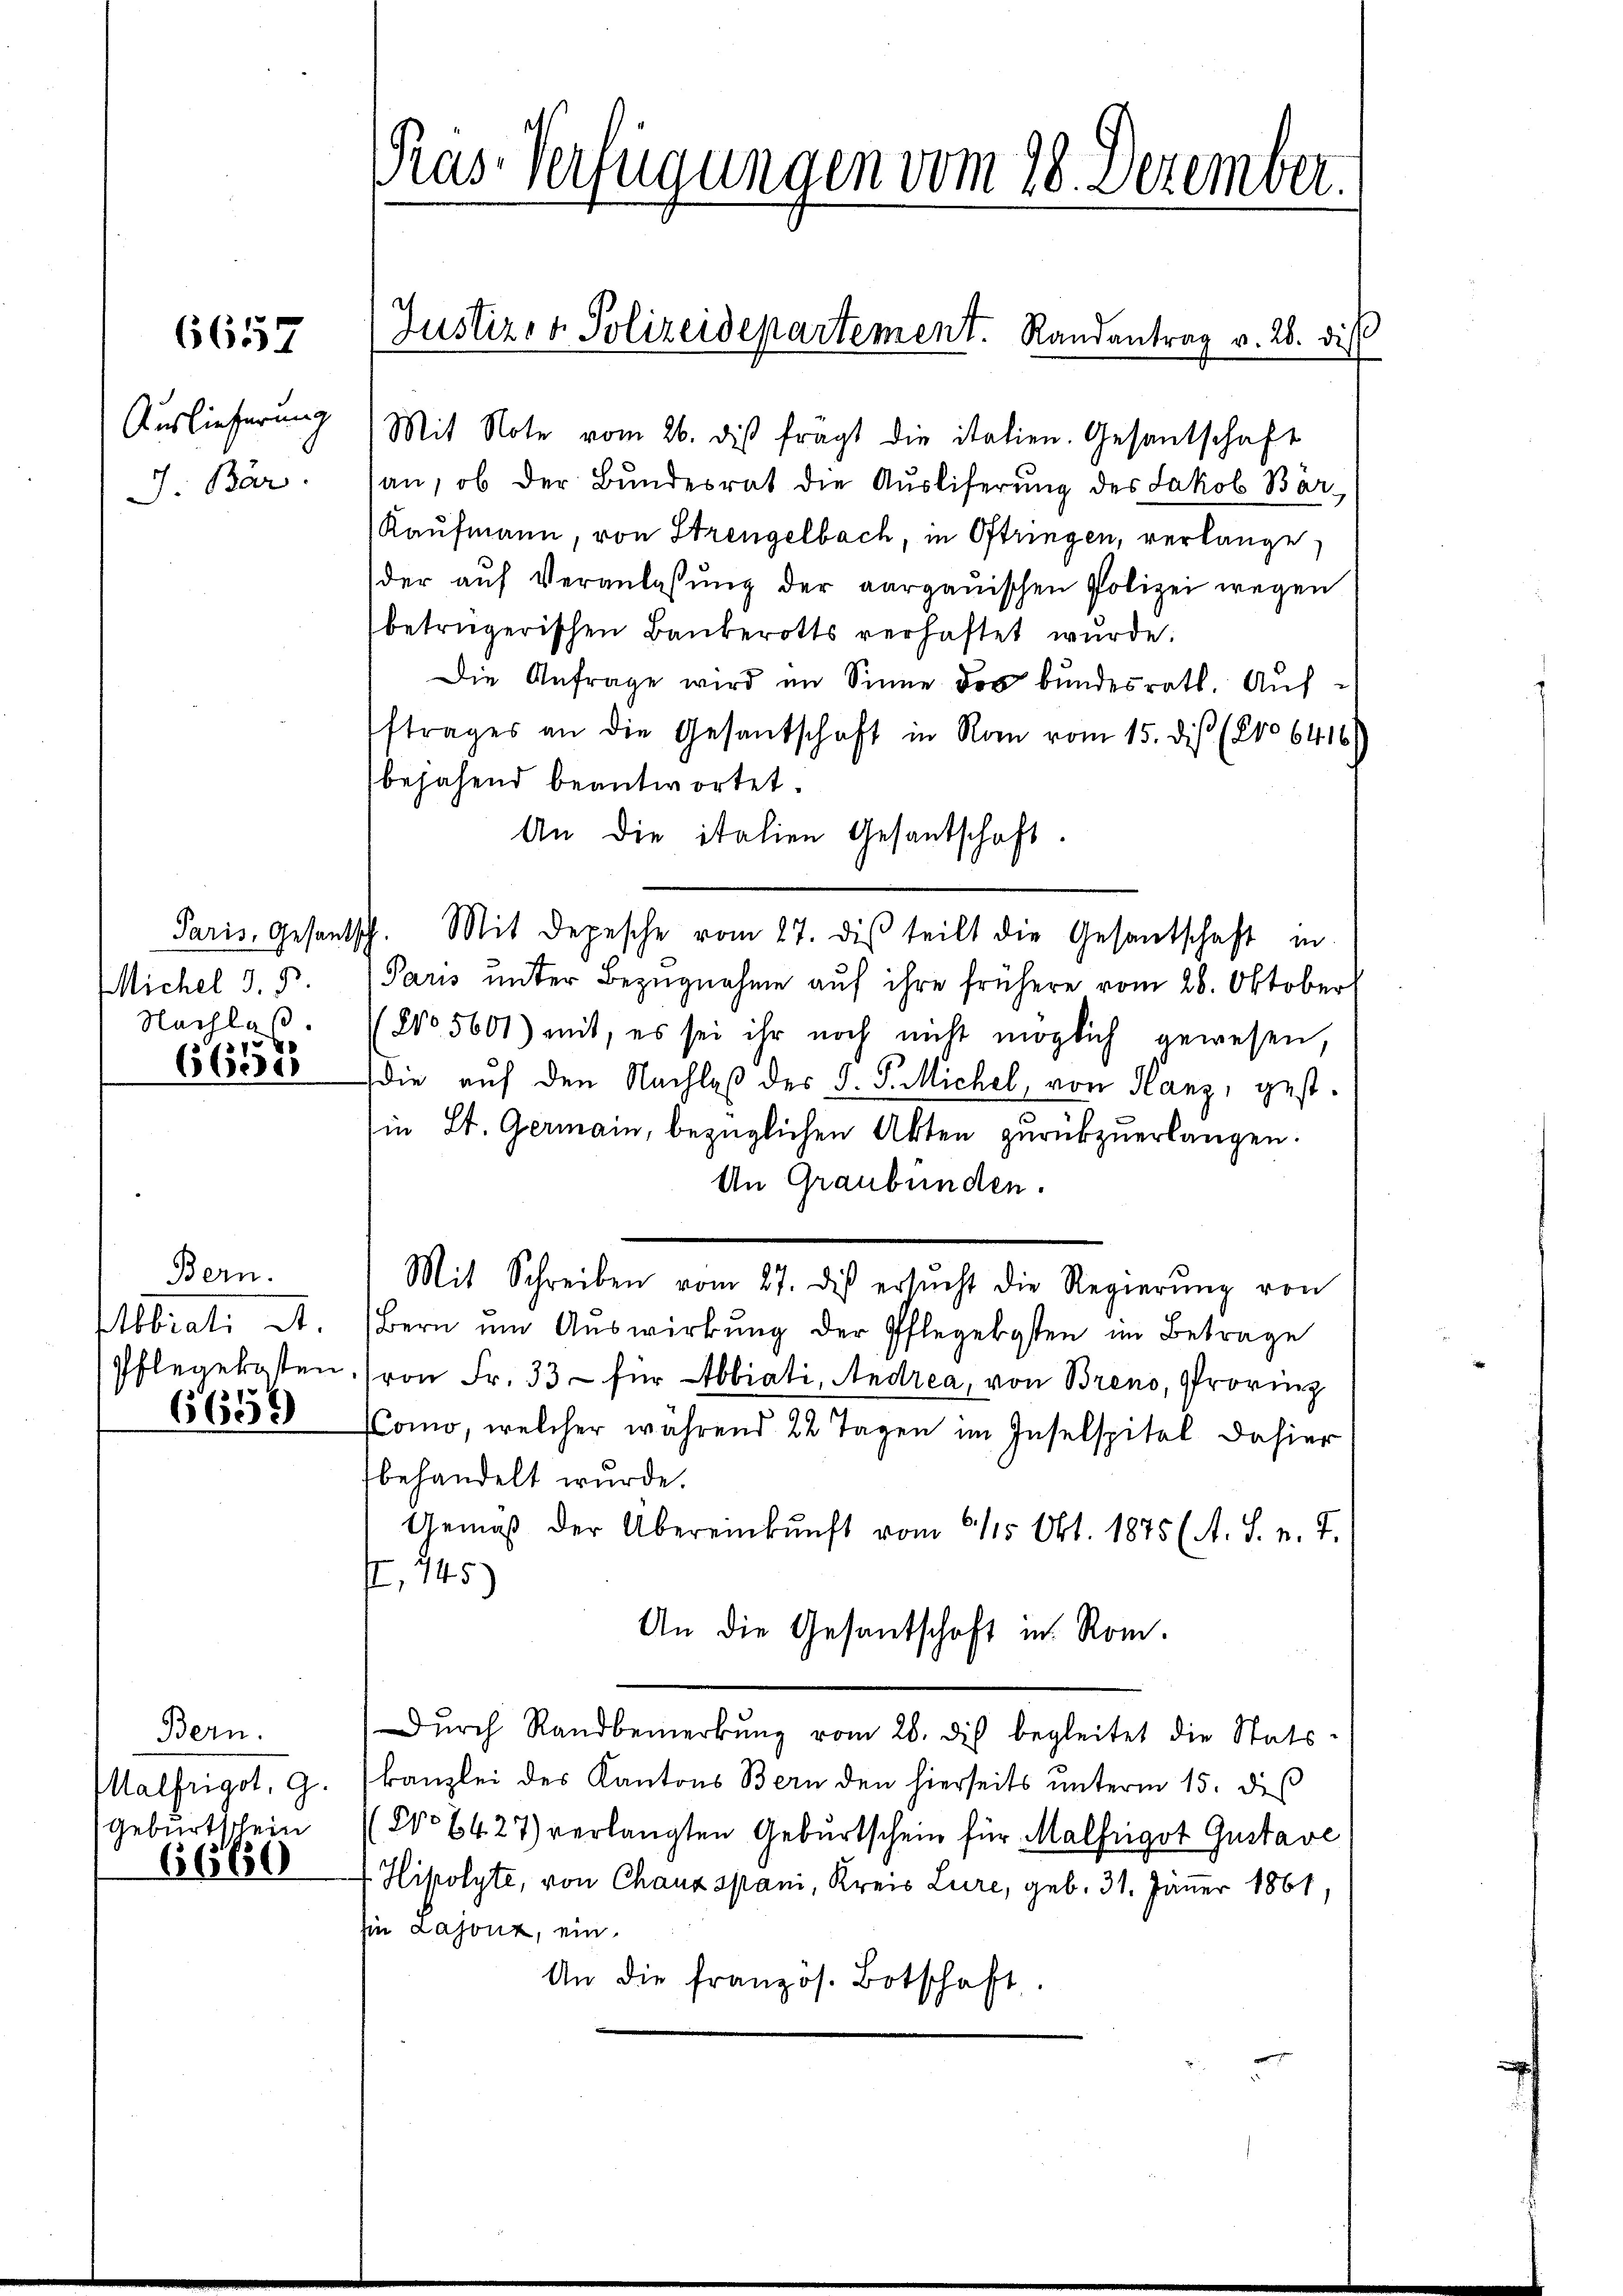
6657

Auslieferung
J. Bar

Michel d. 5.
Nachlaß

66552

Bern.
Abrati d.
Pflegekosten.

6658

Bern.
Malfugot. 9.
Geburtschein

6666

Pras Verfügungen vom 28. Dezember.

Mit Note vom 26. di fragt die italien. Gesantschaft
an, ob der Bundesrat die Auslieferung des Jakob Bär,
Kaufmann, von Strengelbach, in Oftringen, verlange,
der aŭf Veranlassŭng der aargauischen Polizei wegen
betrügerischen Baŭberotts verhaftet wurde.
Die Anfrage wird im Sinne das bundesrath. Aufftrages an die Gesantschaft in Ron vom 15. diß (No 6416
bejahend beantwortet.
An die italien Gesandschaft.
Paris, Gesantsch. Mit Depesche vom 27. dis teilt die Gesantschaft in
Paris unter Bezugnahme auf ihre frühere vom 28. Oktober
No 5601) mit, es sei ihr noch nicht möglich gewesen,
die auf den Nachlaβ des J. P. Michel, von Hanz, gest.
in St. Germain, bezüglichen Akten zurückzuerlangen.
An Graubünden.
Mit Schreiben vom 27. des ersŭcht die Regierŭng von
Bern ŭm Aŭswirkŭng der Pflegekosten im Betrage
von Fr. 33 - für Abbiati, Andrea, von Breno, Provinz
Como, welcher während 22 Tagen im Inselspitel dahier
behandelt wurde.
Gemäß der Übereinkunft vom 1115. Okt. 1875 (A. S. v. 7.
, 145)
An die Gesantschaft in Rom.
Dŭrch Randbemerkŭng vom 26. di begleitet die Stats-
kanzlei des Kantons Bern den hierseits unterm 15. dieß
(No 6427) verlangten Geburtschein für Malfrigot Gustave
Hipolyte, von Chaux spani, Kreis Lure, geb. 31. Jänner 1861,
hie Lasont, ein.
An die französ. Botschaft.

Justiz- & Polizeidepartement. Randantrag v. 28. die